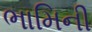
ભામિની